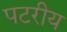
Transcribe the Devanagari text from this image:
पटरीय